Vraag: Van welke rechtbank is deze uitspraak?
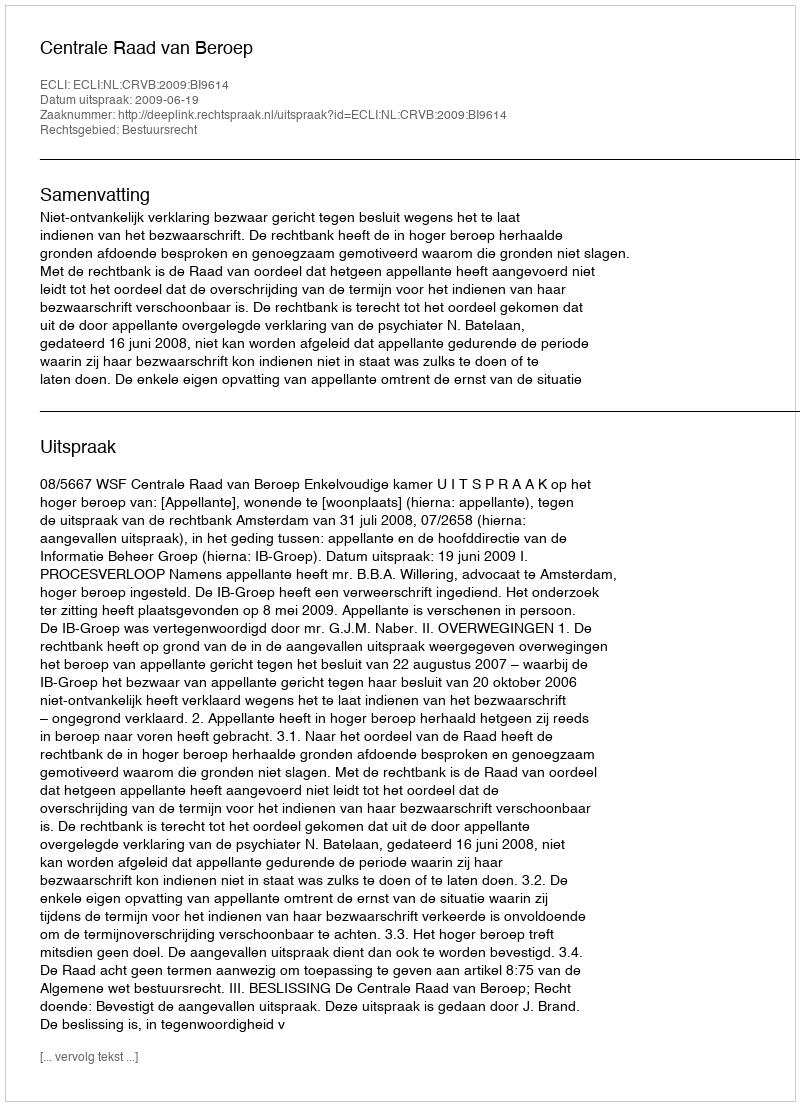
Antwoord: Centrale Raad van Beroep